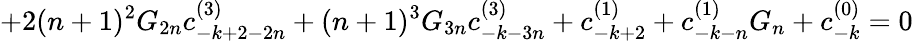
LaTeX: +2(n+1)^{2}G_{2n}c_{-k+2-2n}^{(3)}+(n+1)^{3}G_{3n}c_{-k-3n}^{(3)}+c_{-k+2}^{(1)}+c_{-k-n}^{(1)}G_{n}+c_{-k}^{(0)}=0